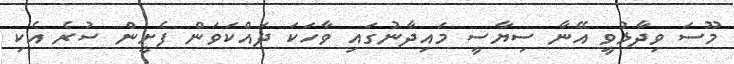
މޫސަ ވިދާޅުވީ އޭނާ ސިޔާސީ މައިދާނުގައި ވާހަކަ ދައްކަވަން ފެށީން ސުރެ އެކި